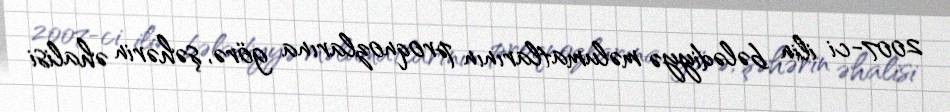
2007-ci ilin bələdiyyə məlumatlarının proqnozlarına görə, şəhərin əhalisi